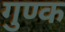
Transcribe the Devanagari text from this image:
गुण्क